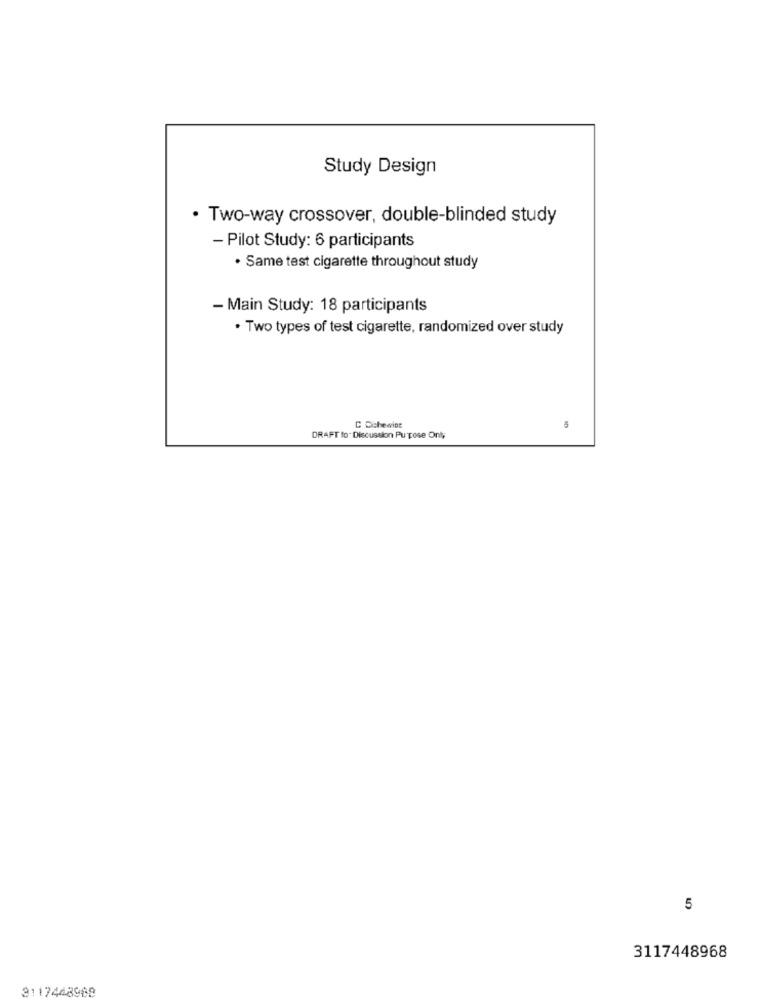
Study Design
· Two-way crossover, double-blinded study
- Pilot Study: 6 participants
· Same test cigarette throughout study
- Main Study: 18 participants
· Two types of test cigarette, randomized over study
C Cichewiot
DRAFT to. Discussion Purpose Only
5
3117448968
3117448968